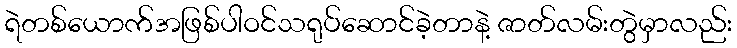
ရဲတစ်ယောက်အဖြစ်ပါဝင်သရုပ်ဆောင်ခဲ့တာနဲ့ ဇာတ်လမ်းတွဲမှာလည်း